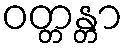
ဝတ္တန္တာ